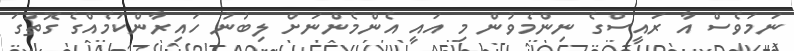
ނަމަވެސް އާ ރައީސްގެ ނިންމެވުން މި އައީ އެންމެންނަށް ލިބުނު ހައިރާންކަމެއްގެ ގޮތުގަ